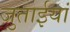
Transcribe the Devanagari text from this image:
जुताईयां